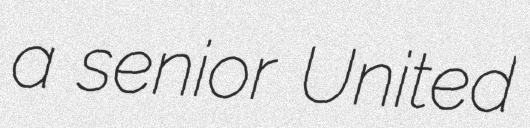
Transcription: a senior United